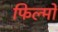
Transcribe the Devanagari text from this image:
फिल्मोंं